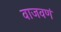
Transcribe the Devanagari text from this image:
वाजवणं